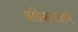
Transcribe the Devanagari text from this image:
अधिकारयाने